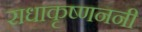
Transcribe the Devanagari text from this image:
राधाकृष्णननी